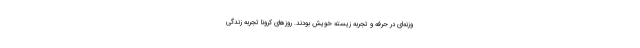
وزنه‌ای در حرفه و تجربه زیسته خویش بودند. روزهای کرونا تجربه زندگی